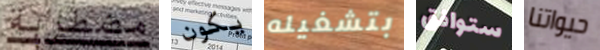
مضطربة يكون بتشغيله ستوافق حيواتنا